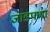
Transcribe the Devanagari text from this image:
जाडपणा